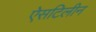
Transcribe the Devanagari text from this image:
ऐसटिलीन